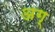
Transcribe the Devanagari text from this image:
अग्